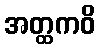
အတ္ထကဝိ